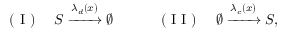
\mathrm { ~ ( ~ I ~ ) ~ } \quad S \xrightarrow { \lambda _ { d } ( x ) } \varnothing \quad \quad \quad \mathrm { ~ ( ~ I ~ I ~ ) ~ } \quad \varnothing \xrightarrow { \lambda _ { c } ( x ) } S ,